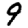
Digit: 9